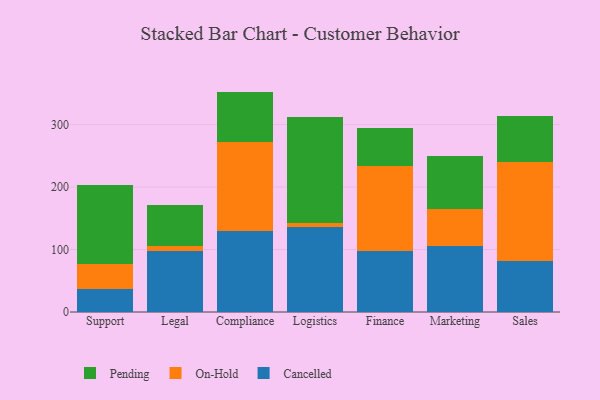
{"axis": {"x": "Department", "y": "LTV (USD)"}, "legend": ["Cancelled", "On-Hold", "Pending"], "data": [{"x": "Support", "y": 36.8, "type": "Cancelled"}, {"x": "Support", "y": 39.7, "type": "On-Hold"}, {"x": "Support", "y": 127.3, "type": "Pending"}, {"x": "Legal", "y": 97.5, "type": "Cancelled"}, {"x": "Legal", "y": 7.6, "type": "On-Hold"}, {"x": "Legal", "y": 66.9, "type": "Pending"}, {"x": "Compliance", "y": 129.3, "type": "Cancelled"}, {"x": "Compliance", "y": 142.2, "type": "On-Hold"}, {"x": "Compliance", "y": 81.3, "type": "Pending"}, {"x": "Logistics", "y": 135.3, "type": "Cancelled"}, {"x": "Logistics", "y": 7.1, "type": "On-Hold"}, {"x": "Logistics", "y": 170.1, "type": "Pending"}, {"x": "Finance", "y": 98.4, "type": "Cancelled"}, {"x": "Finance", "y": 135.4, "type": "On-Hold"}, {"x": "Finance", "y": 60.5, "type": "Pending"}, {"x": "Marketing", "y": 105.3, "type": "Cancelled"}, {"x": "Marketing", "y": 59.6, "type": "On-Hold"}, {"x": "Marketing", "y": 85.0, "type": "Pending"}, {"x": "Sales", "y": 82.0, "type": "Cancelled"}, {"x": "Sales", "y": 158.3, "type": "On-Hold"}, {"x": "Sales", "y": 72.9, "type": "Pending"}]}